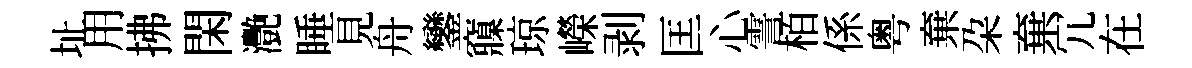
址用拂閑灧睡見舟鑾䆿琼嶸剥匡心霅栢係粤棄朶棄冗在